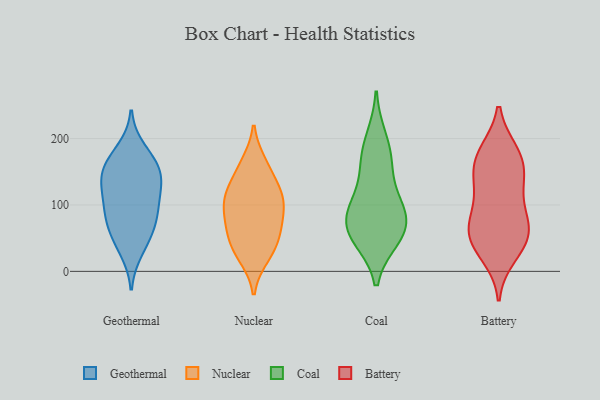
{"axis": {"x": "Energy Usage (MWh)", "y": "Value"}, "legend": ["Battery", "Coal", "Geothermal", "Nuclear"], "data": [{"x": "", "y": 111, "type": "Geothermal"}, {"x": "", "y": 31, "type": "Geothermal"}, {"x": "", "y": 129, "type": "Geothermal"}, {"x": "", "y": 184, "type": "Geothermal"}, {"x": "", "y": 90, "type": "Geothermal"}, {"x": "", "y": 91, "type": "Geothermal"}, {"x": "", "y": 165, "type": "Geothermal"}, {"x": "", "y": 126, "type": "Geothermal"}, {"x": "", "y": 156, "type": "Geothermal"}, {"x": "", "y": 66, "type": "Geothermal"}, {"x": "", "y": 73, "type": "Geothermal"}, {"x": "", "y": 146, "type": "Geothermal"}, {"x": "", "y": 48, "type": "Geothermal"}, {"x": "", "y": 153, "type": "Geothermal"}, {"x": "", "y": 33, "type": "Nuclear"}, {"x": "", "y": 106, "type": "Nuclear"}, {"x": "", "y": 81, "type": "Nuclear"}, {"x": "", "y": 42, "type": "Nuclear"}, {"x": "", "y": 67, "type": "Nuclear"}, {"x": "", "y": 115, "type": "Nuclear"}, {"x": "", "y": 153, "type": "Nuclear"}, {"x": "", "y": 68, "type": "Nuclear"}, {"x": "", "y": 162, "type": "Nuclear"}, {"x": "", "y": 23, "type": "Nuclear"}, {"x": "", "y": 114, "type": "Nuclear"}, {"x": "", "y": 113, "type": "Nuclear"}, {"x": "", "y": 57, "type": "Coal"}, {"x": "", "y": 50, "type": "Coal"}, {"x": "", "y": 68, "type": "Coal"}, {"x": "", "y": 100, "type": "Coal"}, {"x": "", "y": 162, "type": "Coal"}, {"x": "", "y": 166, "type": "Coal"}, {"x": "", "y": 101, "type": "Coal"}, {"x": "", "y": 200, "type": "Coal"}, {"x": "", "y": 57, "type": "Coal"}, {"x": "", "y": 91, "type": "Coal"}, {"x": "", "y": 61, "type": "Battery"}, {"x": "", "y": 180, "type": "Battery"}, {"x": "", "y": 178, "type": "Battery"}, {"x": "", "y": 149, "type": "Battery"}, {"x": "", "y": 87, "type": "Battery"}, {"x": "", "y": 70, "type": "Battery"}, {"x": "", "y": 53, "type": "Battery"}, {"x": "", "y": 175, "type": "Battery"}, {"x": "", "y": 151, "type": "Battery"}, {"x": "", "y": 43, "type": "Battery"}, {"x": "", "y": 40, "type": "Battery"}, {"x": "", "y": 122, "type": "Battery"}, {"x": "", "y": 24, "type": "Battery"}, {"x": "", "y": 129, "type": "Battery"}, {"x": "", "y": 77, "type": "Battery"}]}